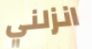
انزلني